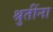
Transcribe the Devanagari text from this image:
श्रुतींना